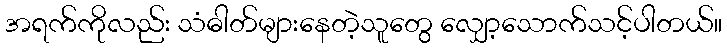
အရက်ကိုလည်း သံဓါတ်များနေတဲ့သူတွေ လျှော့သောက်သင့်ပါတယ်။